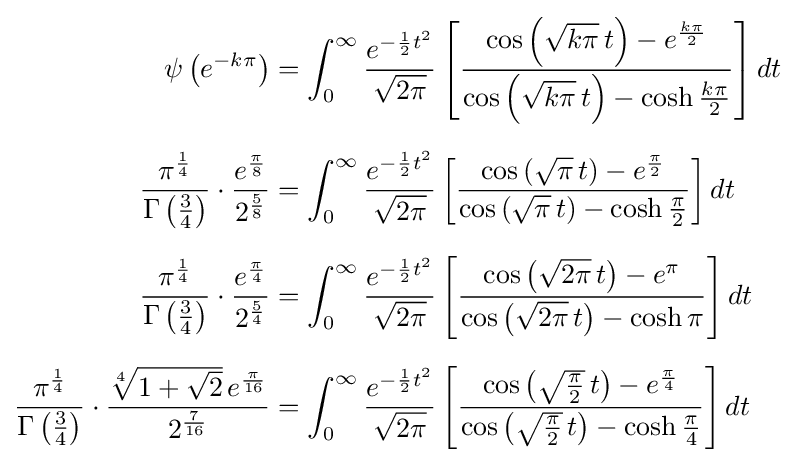
{\begin{aligned}\psi \left(e^{-k\pi }\right)&=\int _{0}^{\infty }{\frac {e^{-{\frac {1}{2}}t^{2}}}{\sqrt {2\pi }}}\left[{\frac {\cos \left({\sqrt {k\pi }}\,t\right)-e^{\frac {k\pi }{2}}}{\cos \left({\sqrt {k\pi }}\,t\right)-\cosh {\frac {k\pi }{2}}}}\right]dt\\[6pt]{\frac {\pi ^{\frac {1}{4}}}{\Gamma \left({\frac {3}{4}}\right)}}\cdot {\frac {e^{\frac {\pi }{8}}}{2^{\frac {5}{8}}}}&=\int _{0}^{\infty }{\frac {e^{-{\frac {1}{2}}t^{2}}}{\sqrt {2\pi }}}\left[{\frac {\cos \left({\sqrt {\pi }}\,t\right)-e^{\frac {\pi }{2}}}{\cos \left({\sqrt {\pi }}\,t\right)-\cosh {\frac {\pi }{2}}}}\right]dt\\[6pt]{\frac {\pi ^{\frac {1}{4}}}{\Gamma \left({\frac {3}{4}}\right)}}\cdot {\frac {e^{\frac {\pi }{4}}}{2^{\frac {5}{4}}}}&=\int _{0}^{\infty }{\frac {e^{-{\frac {1}{2}}t^{2}}}{\sqrt {2\pi }}}\left[{\frac {\cos \left({\sqrt {2\pi }}\,t\right)-e^{\pi }}{\cos \left({\sqrt {2\pi }}\,t\right)-\cosh \pi }}\right]dt\\[6pt]{\frac {\pi ^{\frac {1}{4}}}{\Gamma \left({\frac {3}{4}}\right)}}\cdot {\frac {{\sqrt[{4}]{1+{\sqrt {2}}}}\,e^{\frac {\pi }{16}}}{2^{\frac {7}{16}}}}&=\int _{0}^{\infty }{\frac {e^{-{\frac {1}{2}}t^{2}}}{\sqrt {2\pi }}}\left[{\frac {\cos \left({\sqrt {\frac {\pi }{2}}}\,t\right)-e^{\frac {\pi }{4}}}{\cos \left({\sqrt {\frac {\pi }{2}}}\,t\right)-\cosh {\frac {\pi }{4}}}}\right]dt\end{aligned}}